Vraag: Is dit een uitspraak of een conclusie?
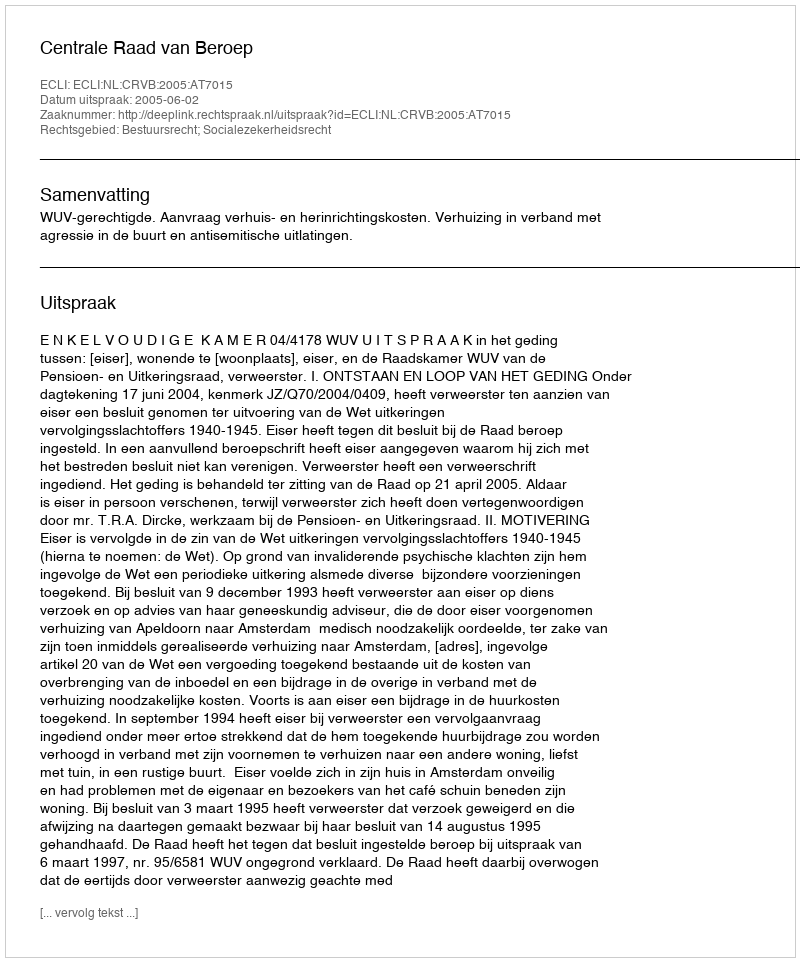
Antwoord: Uitspraak